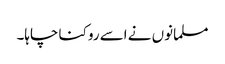
مسلمانوں نے اسے روکنا چاہا۔